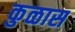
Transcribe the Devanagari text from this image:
कुळास